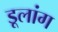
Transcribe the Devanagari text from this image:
डूलांग